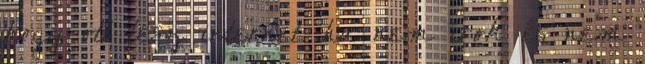
hogy ott lesz internet. ha nem írok és nem